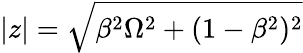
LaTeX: |z|=\sqrt{\beta^{2}\Omega^{2}+(1-\beta^{2})^{2}}